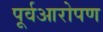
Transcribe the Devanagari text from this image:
पूर्वआरोपण